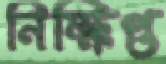
নিক্ষিপ্ত